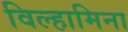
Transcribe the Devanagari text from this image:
विल्हामिना